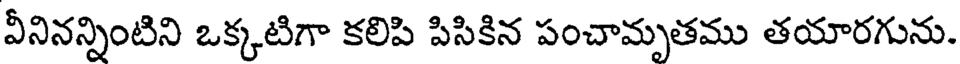
వీనినన్నింటిని ఒక్కటిగా కలిపి పిసికిన పంచామృతము తయారగును.